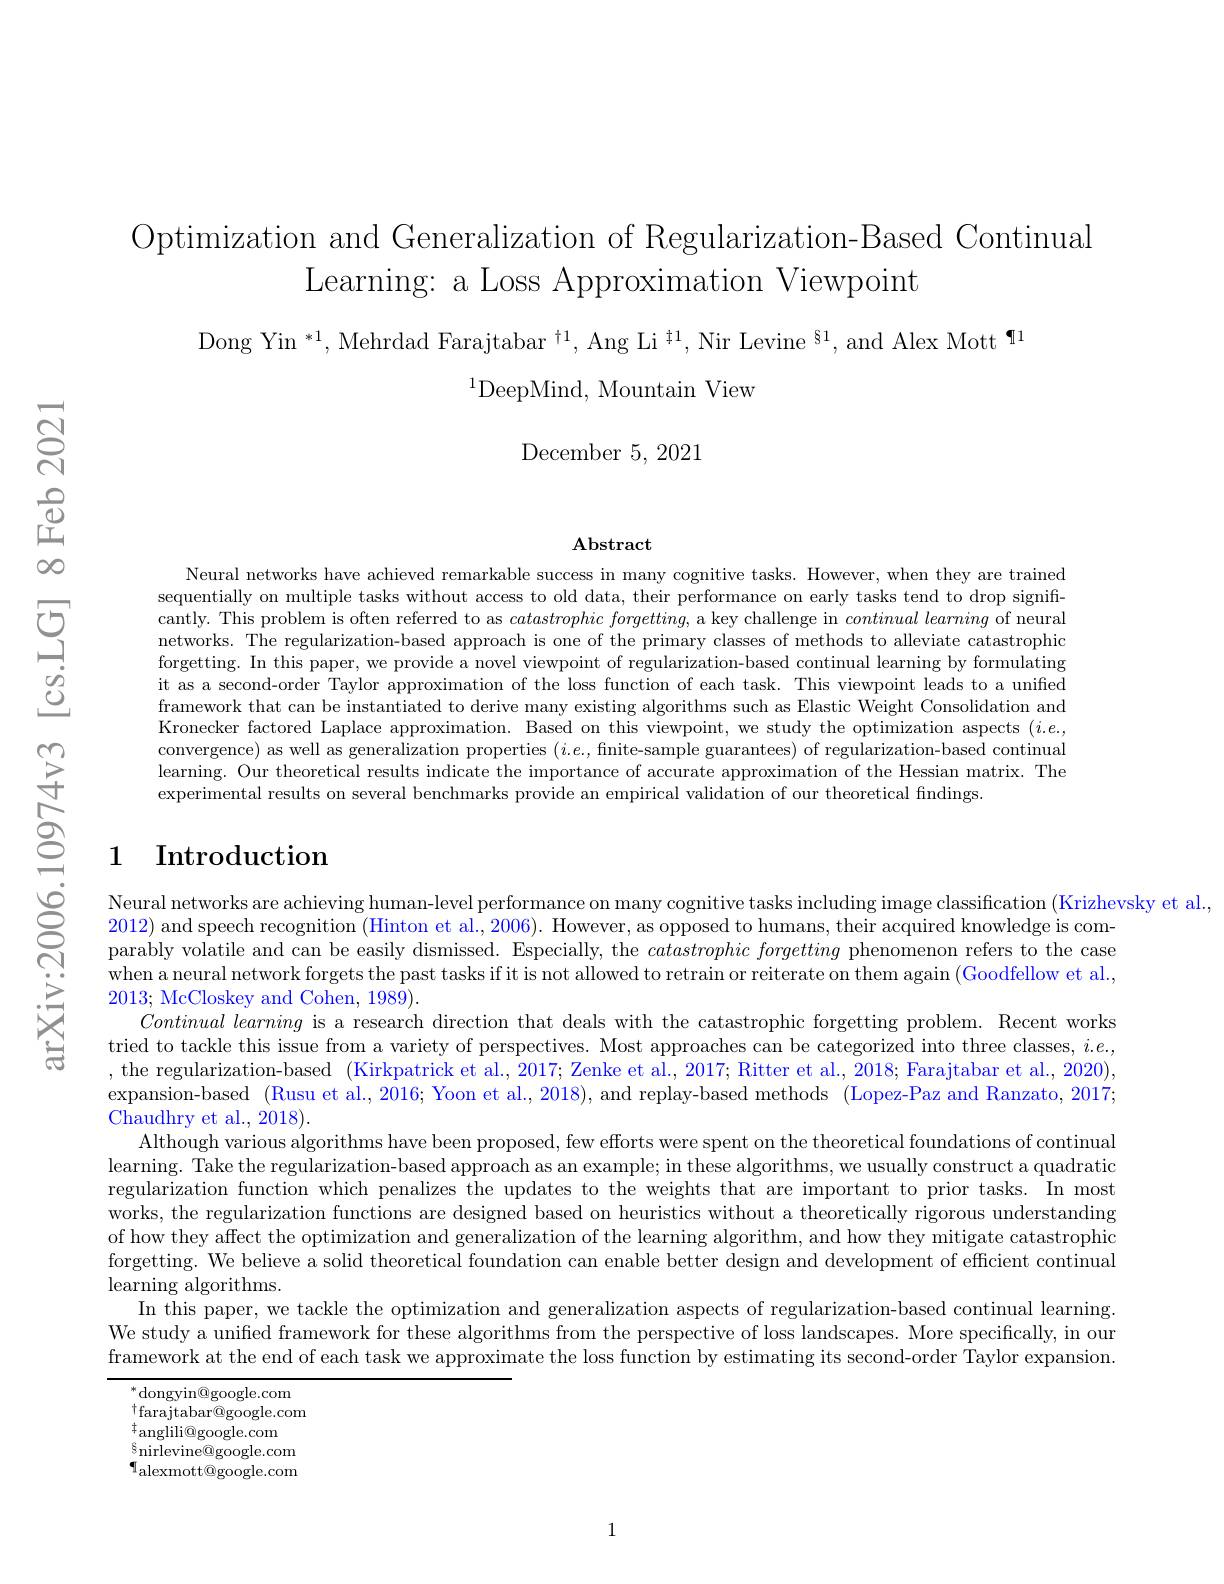
Optimization and Generalization of Regularization-Based Continual
Learning: a Loss Approximation Viewpoint

Dong Yin $^*1,\text{Mehrdad Farajtabar}^{\dagger1},\text{Ang Li}^{\dagger1},\text{Nir Levine}^{§1}$,and Alex Mott$^\P^{1}$
$^{1}$DeepMind, Mountain View

${\mathrm{December~5,~2021}}$

$\mathbf{Abstract}$

Neural networks have achieved remarkable success in many cognitive tasks. However, when they are trained sequentially on multiple tasks without access to old data, their performance on early tasks tend to drop significantly. This problem is often referred to as $catastrophicforgetting$, a key challenge in $continual\textit{learning of neural}$ networks. The regularization-based approach is one of the primary classes of methods to alleviate catastrophic forgetting. In this paper, we provide a novel viewpoint of regularization-based continual learning by formulating it as a second-order Taylor approximation of the loss function of each task. This viewpoint leads to a unified framework that can be instantiated to derive many existing algorithms such as Elastic Weight Consolidation and Kronecker factored Laplace approximation. Based on this viewpoint, we study the optimization aspects $(i.e.$, convergence) as well as generalization properties $(i.e.$, finite-sample guarantees) of regularization-based continual learning. Our theoretical results indicate the importance of accurate approximation of the Hessian matrix. The experimental results on several benchmarks provide an empirical validation of our theoretical findings.

## 1 Introduction

Neural networks are achieving human-level performance on many cognitive tasks including image classification (Krizhevsky et al.,
2012) and speech recognition (Hinton et al., 2006). However, as opposed to humans, their acquired knowledge is comparably volatile and can be easily dismissed. Especially, the catastrophicforgetting phenomenon refers to the case when a neural network forgets the past tasks if it is not allowed to retrain or reiterate on them again (Goodfellow et al., 2013; McCloskey and Cohen, 1989).
$\textit{Continual learning is a research direction that deals with the catastrophic forgetting problem. Recent works}$ tried to tackle this issue from a variety of perspectives. Most approaches can be categorized into three classes, $i.e.$, , the regularization-based (Kirkpatrick et al., 2017; Zenke et al., 2017; Ritter et al., 2018; Farajtabar et al., 2020), expansion-based (Rusu et al., 2016; Yoon et al., 2018), and replay-based methods (Lopez-Paz and Ranzato, 2017; Chaudhry et al., 2018).
Although various algorithms have been proposed, few efforts were spent on the theoretical foundations of continual learning. Take the regularization-based approach as an example; in these algorithms, we usually construct a quadratic regularization function which penalizes the updates to the weights that are important to prior tasks. In most works, the regularization functions are designed based on heuristics without a theoretically rigorous understanding of how they affect the optimization and generalization of the learning algorithm, and how they mitigate catastrophic forgetting. We believe a solid theoretical foundation can enable better design and development of efficient continual learning algorithms.
In this paper, we tackle the optimization and generalization aspects of regularization-based continual learning. We study a unified framework for these algorithms from the perspective of loss landscapes. More specifically, in our framework at the end of each task we approximate the loss function by estimating its second-order Taylor expansion

$^{*}$dongyin@google.com $_{+}^{\dagger}$farajtabar@google.com ${}_{c}^{\dagger}$anglili@google.com $\tilde{\mathrm{s}}_{\mathrm{nirlevine@google.com}}$ $\P$alexmott@google.com